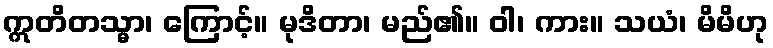
ဣတိတသ္မာ၊ ကြောင့်။ မုဒိတာ၊ မည်၏။ ဝါ၊ ကား။ သယံ၊ မိမိဟု